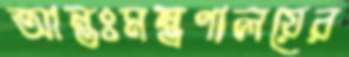
আন্তঃমন্ত্রণালয়ের